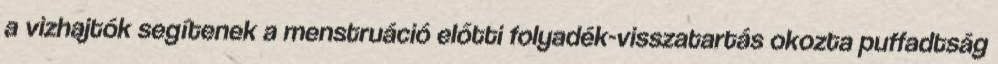
a vizhajtók segítenek a menstruáció előtti folyadék-visszatartás okozta puffadtság